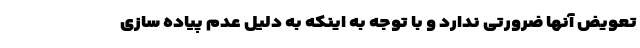
تعویض آنها ضرورتی ندارد و با توجه به اینکه به دلیل عدم پیاده سازی